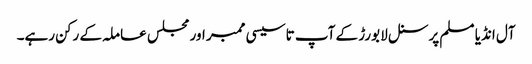
آل انڈیا مسلم پرسنل لا بورڑ کے آپ تاسیسی ممبر اور مجلس عاملہ کے رکن رہے۔